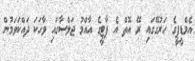
އެމްޑީޕީގެ ހަރުގޭގައި ރޭ އޮތް އެ ޕާޓީގެ އާއްމު ޖަލްސާގައި ވާހަކަ ދައްކަވަމުން